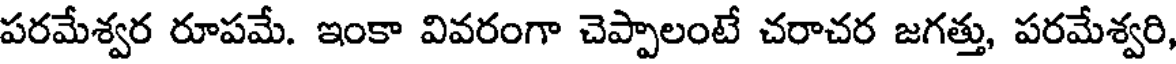
పరమేశ్వర రూపమే. ఇంకా వివరంగా చెప్పాలంటే చరాచర జగత్తు, పరమేశ్వరి,